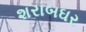
શરાબઘર